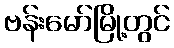
ဗန်းမော်မြို့တွင်